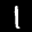
Label: 1